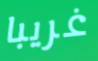
غريبا